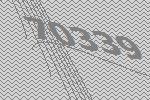
70339